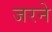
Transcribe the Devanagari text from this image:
जरने